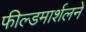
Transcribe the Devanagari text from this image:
फील्डमार्शलने